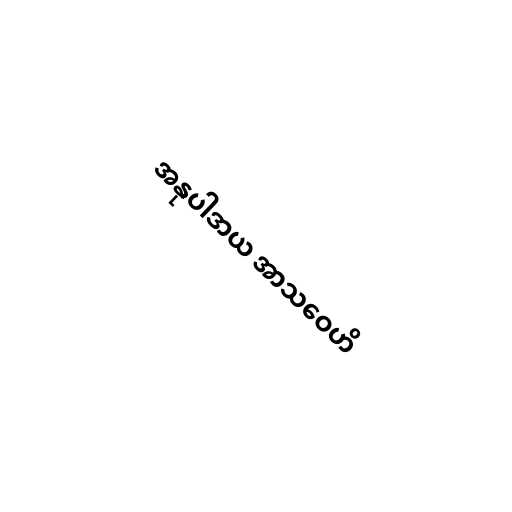
အနုပါဒာယ အာသဝေဟိ